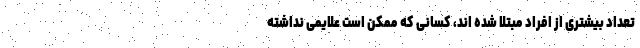
تعداد بیشتری از افراد مبتلا شده اند، کسانی که ممکن است علایمی نداشته